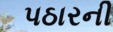
પઠારની